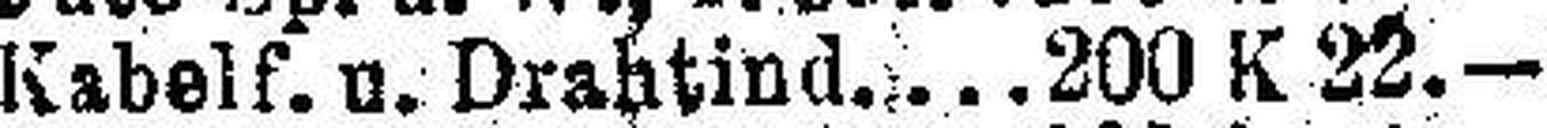
Kabelf. u. Drahtind. 200 K 22.—